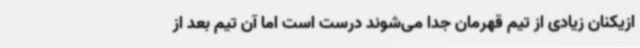
ازیکنان زیادی از تیم قهرمان جدا می‌شوند درست است اما آن تیم بعد از